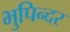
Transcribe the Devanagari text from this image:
भुपिन्दर